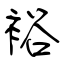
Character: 裕